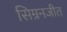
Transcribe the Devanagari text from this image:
सिम्रनजीत